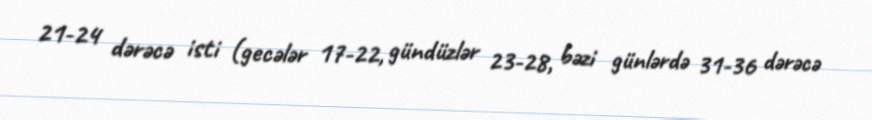
21-24 dərəcə isti (gecələr 17-22, gündüzlər 23-28, bəzi günlərdə 31-36 dərəcə